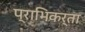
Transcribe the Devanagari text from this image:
प्राभिकर्ता